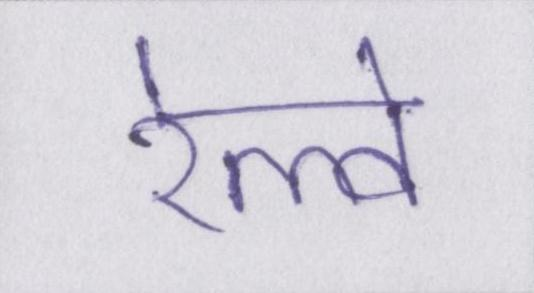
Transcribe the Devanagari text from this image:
रेल्वे